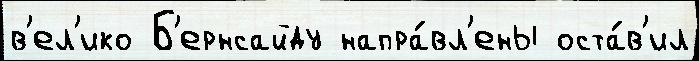
в'ел'ико Б'ернсайду напра́вл'ены оста́в'ил